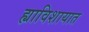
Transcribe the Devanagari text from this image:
ह्याविशायात